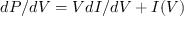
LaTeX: d P / d V = V d I / d V + I ( V )